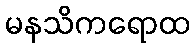
မနသိကရောထ